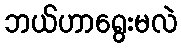
ဘယ်ဟာရွေးမလဲ